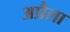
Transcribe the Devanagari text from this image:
अप्रैला